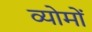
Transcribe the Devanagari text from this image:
व्योमों